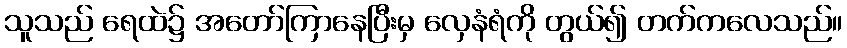
သူသည် ရေထဲ၌ အတော်ကြာနေပြီးမှ လှေနံရံကို တွယ်၍ တက်ကလေသည်။